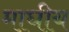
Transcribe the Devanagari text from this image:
माघीय